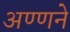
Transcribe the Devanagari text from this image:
अण्णने